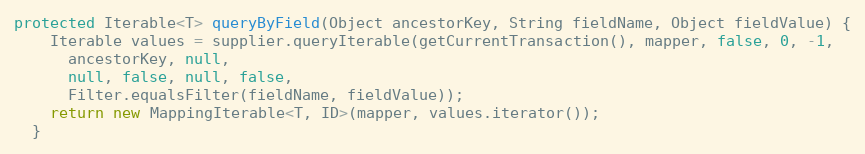
Language: Java
protected Iterable<T> queryByField(Object ancestorKey, String fieldName, Object fieldValue) {
    Iterable values = supplier.queryIterable(getCurrentTransaction(), mapper, false, 0, -1,
      ancestorKey, null,
      null, false, null, false,
      Filter.equalsFilter(fieldName, fieldValue));
    return new MappingIterable<T, ID>(mapper, values.iterator());
  }